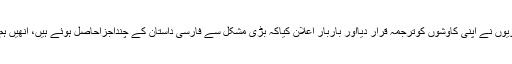
خودہمارے داستان گویوں نے اپنی کاوشوں کوترجمہ قرار دیااور باربار اعلان کیاکہ بڑی مشکل سے فارسی داستان کے چنداجزاحاصل ہوئے ہیں، انھیں ہم اردومیں سناتے ہیں۔